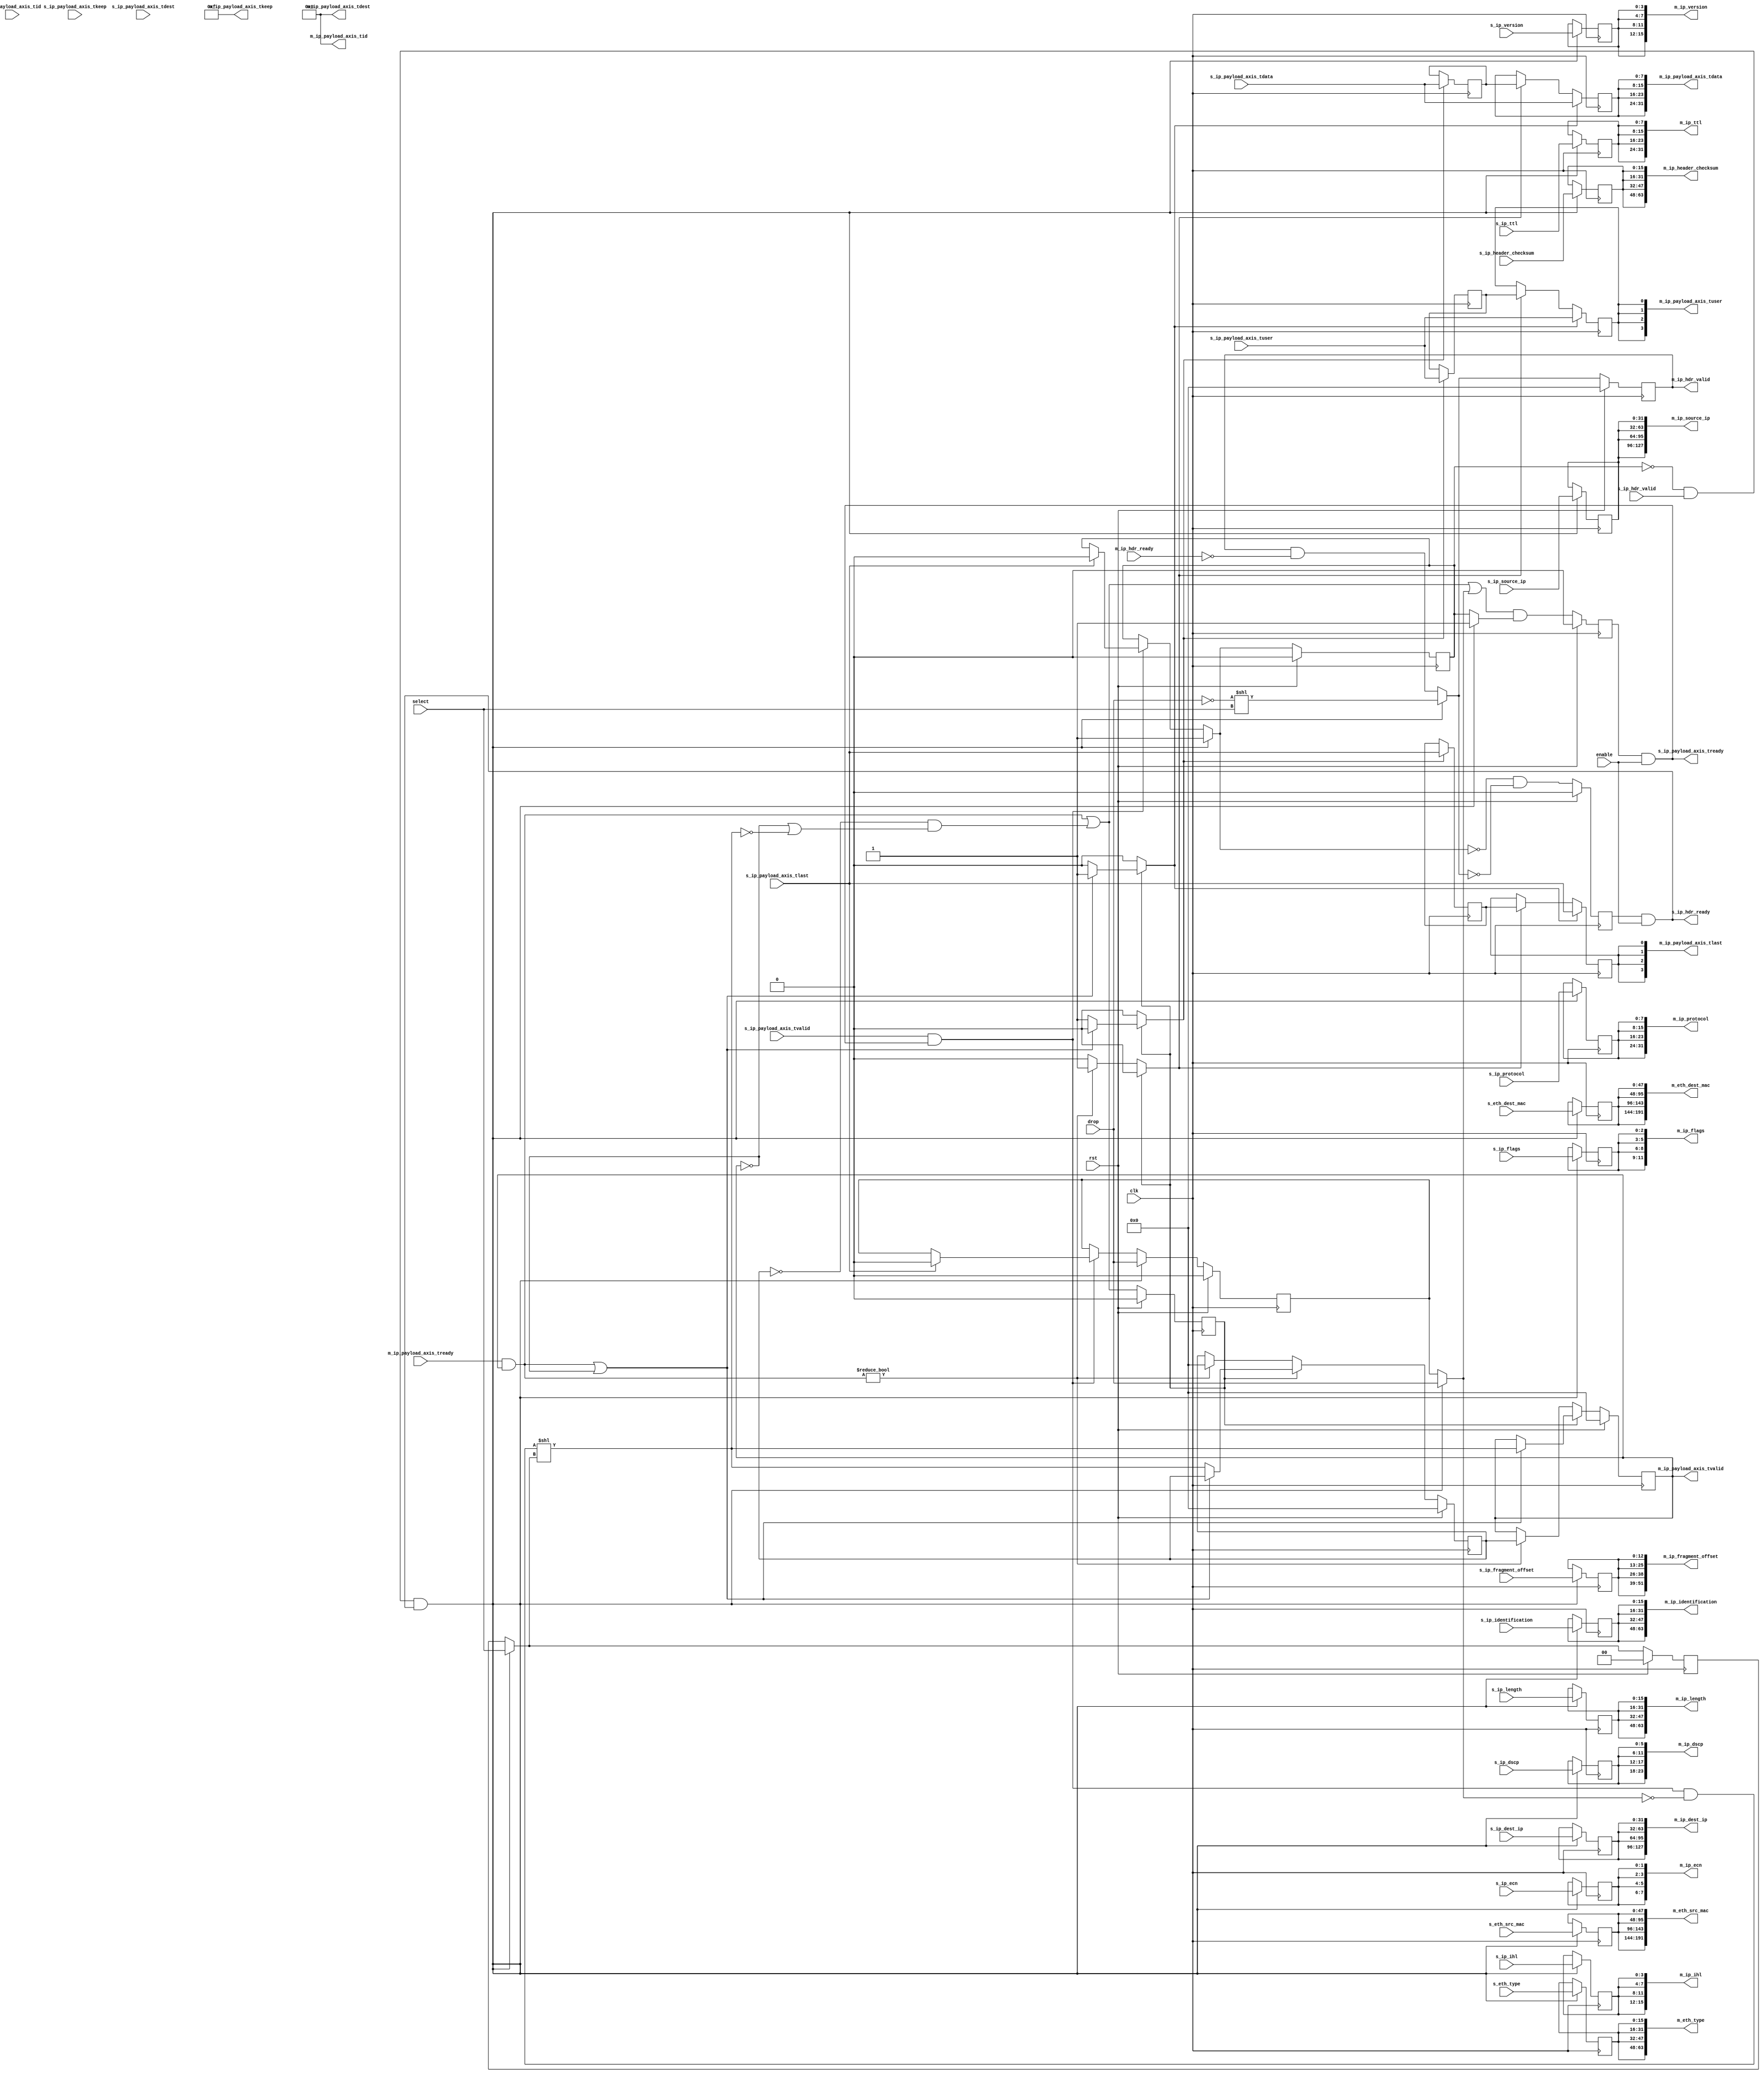
module ip_demux #
(
    parameter M_COUNT = 4,
    parameter DATA_WIDTH = 8,
    parameter KEEP_ENABLE = (DATA_WIDTH>8),
    parameter KEEP_WIDTH = (DATA_WIDTH/8),
    parameter ID_ENABLE = 0,
    parameter ID_WIDTH = 8,
    parameter DEST_ENABLE = 0,
    parameter DEST_WIDTH = 8,
    parameter USER_ENABLE = 1,
    parameter USER_WIDTH = 1
)
(
    input  wire                          clk,
    input  wire                          rst,
    /*
     */
    input  wire                          s_ip_hdr_valid,
    output wire                          s_ip_hdr_ready,
    input  wire [47:0]                   s_eth_dest_mac,
    input  wire [47:0]                   s_eth_src_mac,
    input  wire [15:0]                   s_eth_type,
    input  wire [3:0]                    s_ip_version,
    input  wire [3:0]                    s_ip_ihl,
    input  wire [5:0]                    s_ip_dscp,
    input  wire [1:0]                    s_ip_ecn,
    input  wire [15:0]                   s_ip_length,
    input  wire [15:0]                   s_ip_identification,
    input  wire [2:0]                    s_ip_flags,
    input  wire [12:0]                   s_ip_fragment_offset,
    input  wire [7:0]                    s_ip_ttl,
    input  wire [7:0]                    s_ip_protocol,
    input  wire [15:0]                   s_ip_header_checksum,
    input  wire [31:0]                   s_ip_source_ip,
    input  wire [31:0]                   s_ip_dest_ip,
    input  wire [DATA_WIDTH-1:0]         s_ip_payload_axis_tdata,
    input  wire [KEEP_WIDTH-1:0]         s_ip_payload_axis_tkeep,
    input  wire                          s_ip_payload_axis_tvalid,
    output wire                          s_ip_payload_axis_tready,
    input  wire                          s_ip_payload_axis_tlast,
    input  wire [ID_WIDTH-1:0]           s_ip_payload_axis_tid,
    input  wire [DEST_WIDTH-1:0]         s_ip_payload_axis_tdest,
    input  wire [USER_WIDTH-1:0]         s_ip_payload_axis_tuser,
    /*
     */
    output wire [M_COUNT-1:0]            m_ip_hdr_valid,
    input  wire [M_COUNT-1:0]            m_ip_hdr_ready,
    output wire [M_COUNT*48-1:0]         m_eth_dest_mac,
    output wire [M_COUNT*48-1:0]         m_eth_src_mac,
    output wire [M_COUNT*16-1:0]         m_eth_type,
    output wire [M_COUNT*4-1:0]          m_ip_version,
    output wire [M_COUNT*4-1:0]          m_ip_ihl,
    output wire [M_COUNT*6-1:0]          m_ip_dscp,
    output wire [M_COUNT*2-1:0]          m_ip_ecn,
    output wire [M_COUNT*16-1:0]         m_ip_length,
    output wire [M_COUNT*16-1:0]         m_ip_identification,
    output wire [M_COUNT*3-1:0]          m_ip_flags,
    output wire [M_COUNT*13-1:0]         m_ip_fragment_offset,
    output wire [M_COUNT*8-1:0]          m_ip_ttl,
    output wire [M_COUNT*8-1:0]          m_ip_protocol,
    output wire [M_COUNT*16-1:0]         m_ip_header_checksum,
    output wire [M_COUNT*32-1:0]         m_ip_source_ip,
    output wire [M_COUNT*32-1:0]         m_ip_dest_ip,
    output wire [M_COUNT*DATA_WIDTH-1:0] m_ip_payload_axis_tdata,
    output wire [M_COUNT*KEEP_WIDTH-1:0] m_ip_payload_axis_tkeep,
    output wire [M_COUNT-1:0]            m_ip_payload_axis_tvalid,
    input  wire [M_COUNT-1:0]            m_ip_payload_axis_tready,
    output wire [M_COUNT-1:0]            m_ip_payload_axis_tlast,
    output wire [M_COUNT*ID_WIDTH-1:0]   m_ip_payload_axis_tid,
    output wire [M_COUNT*DEST_WIDTH-1:0] m_ip_payload_axis_tdest,
    output wire [M_COUNT*USER_WIDTH-1:0] m_ip_payload_axis_tuser,
    /*
     */
    input  wire                          enable,
    input  wire                          drop,
    input  wire [$clog2(M_COUNT)-1:0]    select
);
parameter CL_M_COUNT = $clog2(M_COUNT);
reg [CL_M_COUNT-1:0] select_reg = {CL_M_COUNT{1'b0}}, select_ctl, select_next;
reg drop_reg = 1'b0, drop_ctl, drop_next;
reg frame_reg = 1'b0, frame_ctl, frame_next;
reg s_ip_hdr_ready_reg = 1'b0, s_ip_hdr_ready_next;
reg s_ip_payload_axis_tready_reg = 1'b0, s_ip_payload_axis_tready_next;
reg [M_COUNT-1:0] m_ip_hdr_valid_reg = 0, m_ip_hdr_valid_next;
reg [47:0] m_eth_dest_mac_reg = 48'd0, m_eth_dest_mac_next;
reg [47:0] m_eth_src_mac_reg = 48'd0, m_eth_src_mac_next;
reg [15:0] m_eth_type_reg = 16'd0, m_eth_type_next;
reg [3:0]  m_ip_version_reg = 4'd0, m_ip_version_next;
reg [3:0]  m_ip_ihl_reg = 4'd0, m_ip_ihl_next;
reg [5:0]  m_ip_dscp_reg = 6'd0, m_ip_dscp_next;
reg [1:0]  m_ip_ecn_reg = 2'd0, m_ip_ecn_next;
reg [15:0] m_ip_length_reg = 16'd0, m_ip_length_next;
reg [15:0] m_ip_identification_reg = 16'd0, m_ip_identification_next;
reg [2:0]  m_ip_flags_reg = 3'd0, m_ip_flags_next;
reg [12:0] m_ip_fragment_offset_reg = 13'd0, m_ip_fragment_offset_next;
reg [7:0]  m_ip_ttl_reg = 8'd0, m_ip_ttl_next;
reg [7:0]  m_ip_protocol_reg = 8'd0, m_ip_protocol_next;
reg [15:0] m_ip_header_checksum_reg = 16'd0, m_ip_header_checksum_next;
reg [31:0] m_ip_source_ip_reg = 32'd0, m_ip_source_ip_next;
reg [31:0] m_ip_dest_ip_reg = 32'd0, m_ip_dest_ip_next;
// internal datapath
reg  [DATA_WIDTH-1:0] m_ip_payload_axis_tdata_int;
reg  [KEEP_WIDTH-1:0] m_ip_payload_axis_tkeep_int;
reg  [M_COUNT-1:0]    m_ip_payload_axis_tvalid_int;
reg                   m_ip_payload_axis_tready_int_reg = 1'b0;
reg                   m_ip_payload_axis_tlast_int;
reg  [ID_WIDTH-1:0]   m_ip_payload_axis_tid_int;
reg  [DEST_WIDTH-1:0] m_ip_payload_axis_tdest_int;
reg  [USER_WIDTH-1:0] m_ip_payload_axis_tuser_int;
wire                  m_ip_payload_axis_tready_int_early;
assign s_ip_hdr_ready = s_ip_hdr_ready_reg && enable;
assign s_ip_payload_axis_tready = s_ip_payload_axis_tready_reg && enable;
assign m_ip_hdr_valid = m_ip_hdr_valid_reg;
assign m_eth_dest_mac = {M_COUNT{m_eth_dest_mac_reg}};
assign m_eth_src_mac = {M_COUNT{m_eth_src_mac_reg}};
assign m_eth_type = {M_COUNT{m_eth_type_reg}};
assign m_ip_version = {M_COUNT{m_ip_version_reg}};
assign m_ip_ihl = {M_COUNT{m_ip_ihl_reg}};
assign m_ip_dscp = {M_COUNT{m_ip_dscp_reg}};
assign m_ip_ecn = {M_COUNT{m_ip_ecn_reg}};
assign m_ip_length = {M_COUNT{m_ip_length_reg}};
assign m_ip_identification = {M_COUNT{m_ip_identification_reg}};
assign m_ip_flags = {M_COUNT{m_ip_flags_reg}};
assign m_ip_fragment_offset = {M_COUNT{m_ip_fragment_offset_reg}};
assign m_ip_ttl = {M_COUNT{m_ip_ttl_reg}};
assign m_ip_protocol = {M_COUNT{m_ip_protocol_reg}};
assign m_ip_header_checksum = {M_COUNT{m_ip_header_checksum_reg}};
assign m_ip_source_ip = {M_COUNT{m_ip_source_ip_reg}};
assign m_ip_dest_ip = {M_COUNT{m_ip_dest_ip_reg}};
integer i;
always @* begin
    select_next = select_reg;
    select_ctl = select_reg;
    drop_next = drop_reg;
    drop_ctl = drop_reg;
    frame_next = frame_reg;
    frame_ctl = frame_reg;
    s_ip_hdr_ready_next = 1'b0;
    s_ip_payload_axis_tready_next = 1'b0;
    m_ip_hdr_valid_next = m_ip_hdr_valid_reg & ~m_ip_hdr_ready;
    m_eth_dest_mac_next = m_eth_dest_mac_reg;
    m_eth_src_mac_next = m_eth_src_mac_reg;
    m_eth_type_next = m_eth_type_reg;
    m_ip_version_next = m_ip_version_reg;
    m_ip_ihl_next = m_ip_ihl_reg;
    m_ip_dscp_next = m_ip_dscp_reg;
    m_ip_ecn_next = m_ip_ecn_reg;
    m_ip_length_next = m_ip_length_reg;
    m_ip_identification_next = m_ip_identification_reg;
    m_ip_flags_next = m_ip_flags_reg;
    m_ip_fragment_offset_next = m_ip_fragment_offset_reg;
    m_ip_ttl_next = m_ip_ttl_reg;
    m_ip_protocol_next = m_ip_protocol_reg;
    m_ip_header_checksum_next = m_ip_header_checksum_reg;
    m_ip_source_ip_next = m_ip_source_ip_reg;
    m_ip_dest_ip_next = m_ip_dest_ip_reg;
    if (s_ip_payload_axis_tvalid && s_ip_payload_axis_tready) begin
        // end of frame detection
        if (s_ip_payload_axis_tlast) begin
            frame_next = 1'b0;
            drop_next = 1'b0;
        end
    end
    if (!frame_reg && s_ip_hdr_valid && s_ip_hdr_ready) begin
        // start of frame, grab select value
        select_ctl = select;
        drop_ctl = drop;
        frame_ctl = 1'b1;
        select_next = select_ctl;
        drop_next = drop_ctl;
        frame_next = frame_ctl;
        s_ip_hdr_ready_next = 1'b0;
        m_ip_hdr_valid_next = (!drop_ctl) << select_ctl;
        m_eth_dest_mac_next = s_eth_dest_mac;
        m_eth_src_mac_next = s_eth_src_mac;
        m_eth_type_next = s_eth_type;
        m_ip_version_next = s_ip_version;
        m_ip_ihl_next = s_ip_ihl;
        m_ip_dscp_next = s_ip_dscp;
        m_ip_ecn_next = s_ip_ecn;
        m_ip_length_next = s_ip_length;
        m_ip_identification_next = s_ip_identification;
        m_ip_flags_next = s_ip_flags;
        m_ip_fragment_offset_next = s_ip_fragment_offset;
        m_ip_ttl_next = s_ip_ttl;
        m_ip_protocol_next = s_ip_protocol;
        m_ip_header_checksum_next = s_ip_header_checksum;
        m_ip_source_ip_next = s_ip_source_ip;
        m_ip_dest_ip_next = s_ip_dest_ip;
    end
    s_ip_hdr_ready_next = !frame_next && !m_ip_hdr_valid_next;
    s_ip_payload_axis_tready_next = (m_ip_payload_axis_tready_int_early || drop_ctl) && frame_ctl;
    m_ip_payload_axis_tdata_int  = s_ip_payload_axis_tdata;
    m_ip_payload_axis_tkeep_int  = s_ip_payload_axis_tkeep;
    m_ip_payload_axis_tvalid_int = (s_ip_payload_axis_tvalid && s_ip_payload_axis_tready && !drop_ctl) << select_ctl;
    m_ip_payload_axis_tlast_int  = s_ip_payload_axis_tlast;
    m_ip_payload_axis_tid_int    = s_ip_payload_axis_tid;
    m_ip_payload_axis_tdest_int  = s_ip_payload_axis_tdest;
    m_ip_payload_axis_tuser_int  = s_ip_payload_axis_tuser;
end
always @(posedge clk) begin
    if (rst) begin
        select_reg <= 2'd0;
        drop_reg <= 1'b0;
        frame_reg <= 1'b0;
        s_ip_hdr_ready_reg <= 1'b0;
        s_ip_payload_axis_tready_reg <= 1'b0;
        m_ip_hdr_valid_reg <= 0;
    end else begin
        select_reg <= select_next;
        drop_reg <= drop_next;
        frame_reg <= frame_next;
        s_ip_hdr_ready_reg <= s_ip_hdr_ready_next;
        s_ip_payload_axis_tready_reg <= s_ip_payload_axis_tready_next;
        m_ip_hdr_valid_reg <= m_ip_hdr_valid_next;
    end
    m_eth_dest_mac_reg <= m_eth_dest_mac_next;
    m_eth_src_mac_reg <= m_eth_src_mac_next;
    m_eth_type_reg <= m_eth_type_next;
    m_ip_version_reg <= m_ip_version_next;
    m_ip_ihl_reg <= m_ip_ihl_next;
    m_ip_dscp_reg <= m_ip_dscp_next;
    m_ip_ecn_reg <= m_ip_ecn_next;
    m_ip_length_reg <= m_ip_length_next;
    m_ip_identification_reg <= m_ip_identification_next;
    m_ip_flags_reg <= m_ip_flags_next;
    m_ip_fragment_offset_reg <= m_ip_fragment_offset_next;
    m_ip_ttl_reg <= m_ip_ttl_next;
    m_ip_protocol_reg <= m_ip_protocol_next;
    m_ip_header_checksum_reg <= m_ip_header_checksum_next;
    m_ip_source_ip_reg <= m_ip_source_ip_next;
    m_ip_dest_ip_reg <= m_ip_dest_ip_next;
end
// output datapath logic
reg [DATA_WIDTH-1:0] m_ip_payload_axis_tdata_reg  = {DATA_WIDTH{1'b0}};
reg [KEEP_WIDTH-1:0] m_ip_payload_axis_tkeep_reg  = {KEEP_WIDTH{1'b0}};
reg [M_COUNT-1:0]    m_ip_payload_axis_tvalid_reg = {M_COUNT{1'b0}}, m_ip_payload_axis_tvalid_next;
reg                  m_ip_payload_axis_tlast_reg  = 1'b0;
reg [ID_WIDTH-1:0]   m_ip_payload_axis_tid_reg    = {ID_WIDTH{1'b0}};
reg [DEST_WIDTH-1:0] m_ip_payload_axis_tdest_reg  = {DEST_WIDTH{1'b0}};
reg [USER_WIDTH-1:0] m_ip_payload_axis_tuser_reg  = {USER_WIDTH{1'b0}};
reg [DATA_WIDTH-1:0] temp_m_ip_payload_axis_tdata_reg  = {DATA_WIDTH{1'b0}};
reg [KEEP_WIDTH-1:0] temp_m_ip_payload_axis_tkeep_reg  = {KEEP_WIDTH{1'b0}};
reg [M_COUNT-1:0]    temp_m_ip_payload_axis_tvalid_reg = {M_COUNT{1'b0}}, temp_m_ip_payload_axis_tvalid_next;
reg                  temp_m_ip_payload_axis_tlast_reg  = 1'b0;
reg [ID_WIDTH-1:0]   temp_m_ip_payload_axis_tid_reg    = {ID_WIDTH{1'b0}};
reg [DEST_WIDTH-1:0] temp_m_ip_payload_axis_tdest_reg  = {DEST_WIDTH{1'b0}};
reg [USER_WIDTH-1:0] temp_m_ip_payload_axis_tuser_reg  = {USER_WIDTH{1'b0}};
// datapath control
reg store_axis_int_to_output;
reg store_axis_int_to_temp;
reg store_ip_payload_axis_temp_to_output;
assign m_ip_payload_axis_tdata  = {M_COUNT{m_ip_payload_axis_tdata_reg}};
assign m_ip_payload_axis_tkeep  = KEEP_ENABLE ? {M_COUNT{m_ip_payload_axis_tkeep_reg}} : {M_COUNT*KEEP_WIDTH{1'b1}};
assign m_ip_payload_axis_tvalid = m_ip_payload_axis_tvalid_reg;
assign m_ip_payload_axis_tlast  = {M_COUNT{m_ip_payload_axis_tlast_reg}};
assign m_ip_payload_axis_tid    = ID_ENABLE   ? {M_COUNT{m_ip_payload_axis_tid_reg}}   : {M_COUNT*ID_WIDTH{1'b0}};
assign m_ip_payload_axis_tdest  = DEST_ENABLE ? {M_COUNT{m_ip_payload_axis_tdest_reg}} : {M_COUNT*DEST_WIDTH{1'b0}};
assign m_ip_payload_axis_tuser  = USER_ENABLE ? {M_COUNT{m_ip_payload_axis_tuser_reg}} : {M_COUNT*USER_WIDTH{1'b0}};
// enable ready input next cycle if output is ready or the temp reg will not be filled on the next cycle (output reg empty or no input)
assign m_ip_payload_axis_tready_int_early = (m_ip_payload_axis_tready & m_ip_payload_axis_tvalid) || (!temp_m_ip_payload_axis_tvalid_reg && (!m_ip_payload_axis_tvalid || !m_ip_payload_axis_tvalid_int));
always @* begin
    // transfer sink ready state to source
    m_ip_payload_axis_tvalid_next = m_ip_payload_axis_tvalid_reg;
    temp_m_ip_payload_axis_tvalid_next = temp_m_ip_payload_axis_tvalid_reg;
    store_axis_int_to_output = 1'b0;
    store_axis_int_to_temp = 1'b0;
    store_ip_payload_axis_temp_to_output = 1'b0;
    if (m_ip_payload_axis_tready_int_reg) begin
        // input is ready
        if ((m_ip_payload_axis_tready & m_ip_payload_axis_tvalid) || !m_ip_payload_axis_tvalid) begin
            // output is ready or currently not valid, transfer data to output
            m_ip_payload_axis_tvalid_next = m_ip_payload_axis_tvalid_int;
            store_axis_int_to_output = 1'b1;
        end else begin
            // output is not ready, store input in temp
            temp_m_ip_payload_axis_tvalid_next = m_ip_payload_axis_tvalid_int;
            store_axis_int_to_temp = 1'b1;
        end
    end else if (m_ip_payload_axis_tready & m_ip_payload_axis_tvalid) begin
        // input is not ready, but output is ready
        m_ip_payload_axis_tvalid_next = temp_m_ip_payload_axis_tvalid_reg;
        temp_m_ip_payload_axis_tvalid_next = 1'b0;
        store_ip_payload_axis_temp_to_output = 1'b1;
    end
end
always @(posedge clk) begin
    if (rst) begin
        m_ip_payload_axis_tvalid_reg <= {M_COUNT{1'b0}};
        m_ip_payload_axis_tready_int_reg <= 1'b0;
        temp_m_ip_payload_axis_tvalid_reg <= 1'b0;
    end else begin
        m_ip_payload_axis_tvalid_reg <= m_ip_payload_axis_tvalid_next;
        m_ip_payload_axis_tready_int_reg <= m_ip_payload_axis_tready_int_early;
        temp_m_ip_payload_axis_tvalid_reg <= temp_m_ip_payload_axis_tvalid_next;
    end
    // datapath
    if (store_axis_int_to_output) begin
        m_ip_payload_axis_tdata_reg <= m_ip_payload_axis_tdata_int;
        m_ip_payload_axis_tkeep_reg <= m_ip_payload_axis_tkeep_int;
        m_ip_payload_axis_tlast_reg <= m_ip_payload_axis_tlast_int;
        m_ip_payload_axis_tid_reg   <= m_ip_payload_axis_tid_int;
        m_ip_payload_axis_tdest_reg <= m_ip_payload_axis_tdest_int;
        m_ip_payload_axis_tuser_reg <= m_ip_payload_axis_tuser_int;
    end else if (store_ip_payload_axis_temp_to_output) begin
        m_ip_payload_axis_tdata_reg <= temp_m_ip_payload_axis_tdata_reg;
        m_ip_payload_axis_tkeep_reg <= temp_m_ip_payload_axis_tkeep_reg;
        m_ip_payload_axis_tlast_reg <= temp_m_ip_payload_axis_tlast_reg;
        m_ip_payload_axis_tid_reg   <= temp_m_ip_payload_axis_tid_reg;
        m_ip_payload_axis_tdest_reg <= temp_m_ip_payload_axis_tdest_reg;
        m_ip_payload_axis_tuser_reg <= temp_m_ip_payload_axis_tuser_reg;
    end
    if (store_axis_int_to_temp) begin
        temp_m_ip_payload_axis_tdata_reg <= m_ip_payload_axis_tdata_int;
        temp_m_ip_payload_axis_tkeep_reg <= m_ip_payload_axis_tkeep_int;
        temp_m_ip_payload_axis_tlast_reg <= m_ip_payload_axis_tlast_int;
        temp_m_ip_payload_axis_tid_reg   <= m_ip_payload_axis_tid_int;
        temp_m_ip_payload_axis_tdest_reg <= m_ip_payload_axis_tdest_int;
        temp_m_ip_payload_axis_tuser_reg <= m_ip_payload_axis_tuser_int;
    end
end
endmodule